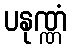
ပနုဏ္ဏံ